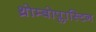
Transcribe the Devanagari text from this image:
थ्रोम्बोप्लास्टिन